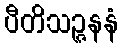
ပီတိသဉ္ဇနနံ